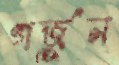
গর্জুন